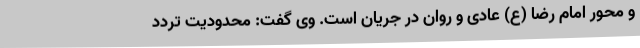
و محور امام رضا (ع) عادی و روان در جریان است. وی گفت: محدودیت تردد